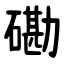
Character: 磡